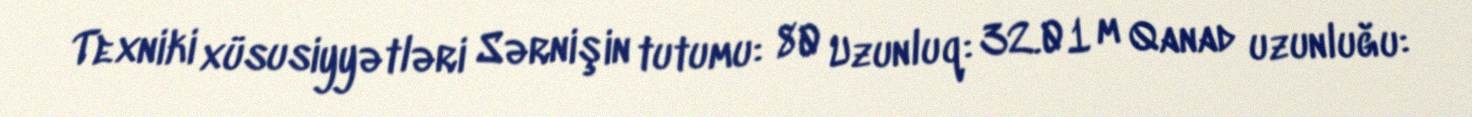
Texniki xüsusiyyətləri Sərnişin tutumu: 80 Uzunluq: 32.01 m Qanad uzunluğu: